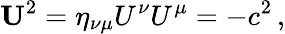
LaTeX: {\mathbf{U}}^{2}=\eta_{\nu\mu}U^{\nu}U^{\mu}=-c^{2}\, ,